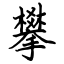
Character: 攀